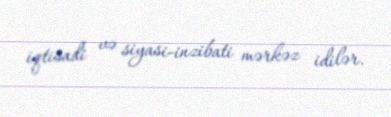
iqtisadi və siyasi-inzibati mərkəz idilər.